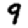
Digit: 9